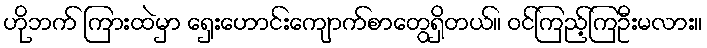
ဟိုဘက် ကြားထဲမှာ ရှေးဟောင်းကျောက်စာတွေရှိတယ်။ ဝင်ကြည့်ကြဦးမလား။